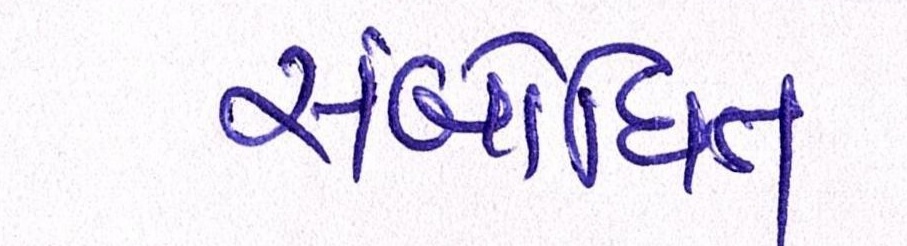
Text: સંબોધિત